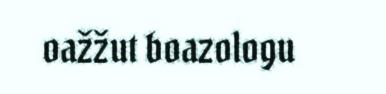
oažžut boazologu